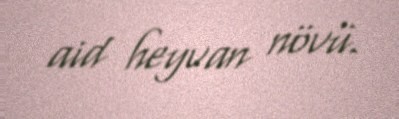
aid heyvan növü.